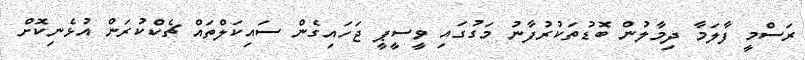
ރަސްމީ ފާލަމާ ދިމާލުން ބޮޑުތަކުރުފާނު މަގުގައި ވީސީޕީ ޖަހައިގެން ސައިކަލްތައް ޗެކްކުރަން އުޅެނިކޮށް